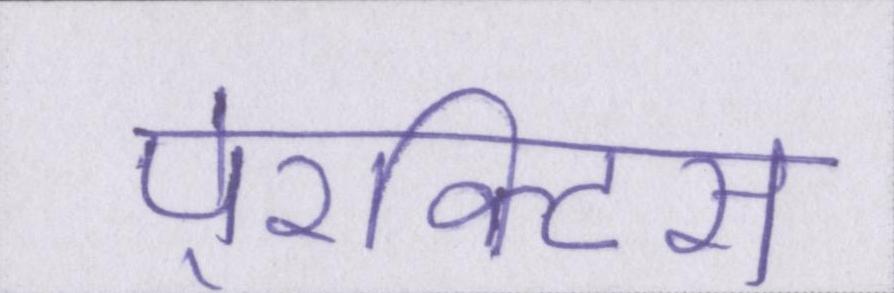
पे्रक्टिस